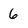
Character: 6